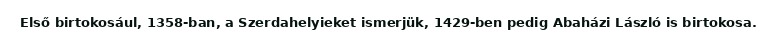
Első birtokosául, 1358-ban, a Szerdahelyieket ismerjük, 1429-ben pedig Abaházi László is birtokosa.